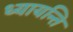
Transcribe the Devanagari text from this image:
ध्यायन्ति